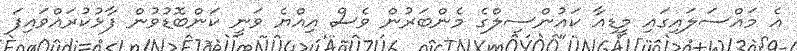
އެ މައްސަލައިގައި މީޑިއާ ކައުންސިލްގެ މެންބަރުން ވެސް އިއްޔެ ވަނީ ކަންބޮޑުވުން ފާޅުކުރައްވައިފަ